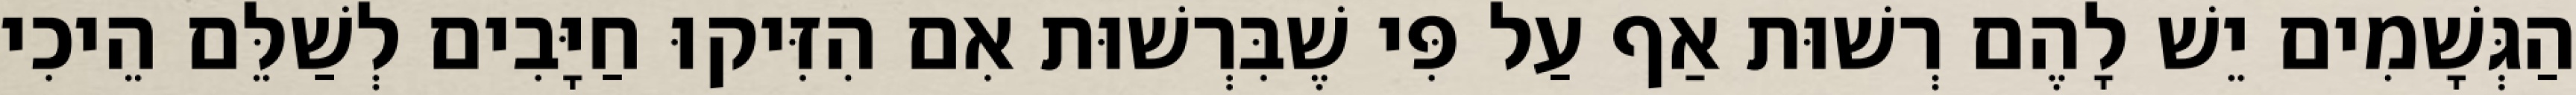
הַגְּשָׁמִים יֵשׁ לָהֶם רְשׁוּת אַף עַל פִּי שֶׁבִּרְשׁוּת אִם הִזִּיקוּ חַיָּבִים לְשַׁלֵּם הֵיכִי